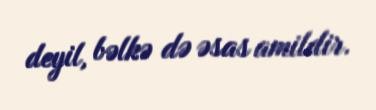
deyil, bəlkə də əsas amildir.